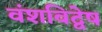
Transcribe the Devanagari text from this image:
वंशविद्वेष